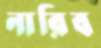
নারিব